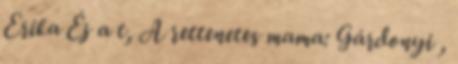
Erika Éj a t, A rettenetes mama: Gárdonyi ,